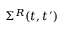
\Sigma ^ { R } ( t , t ^ { \prime } )